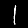
Digit: 1